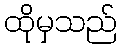
ထိုမှသည်